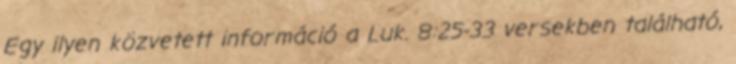
Egy ilyen közvetett információ a Luk. 8:25-33 versekben található,